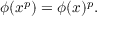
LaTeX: \phi ( x ^ { p } ) = \phi ( x ) ^ { p } .